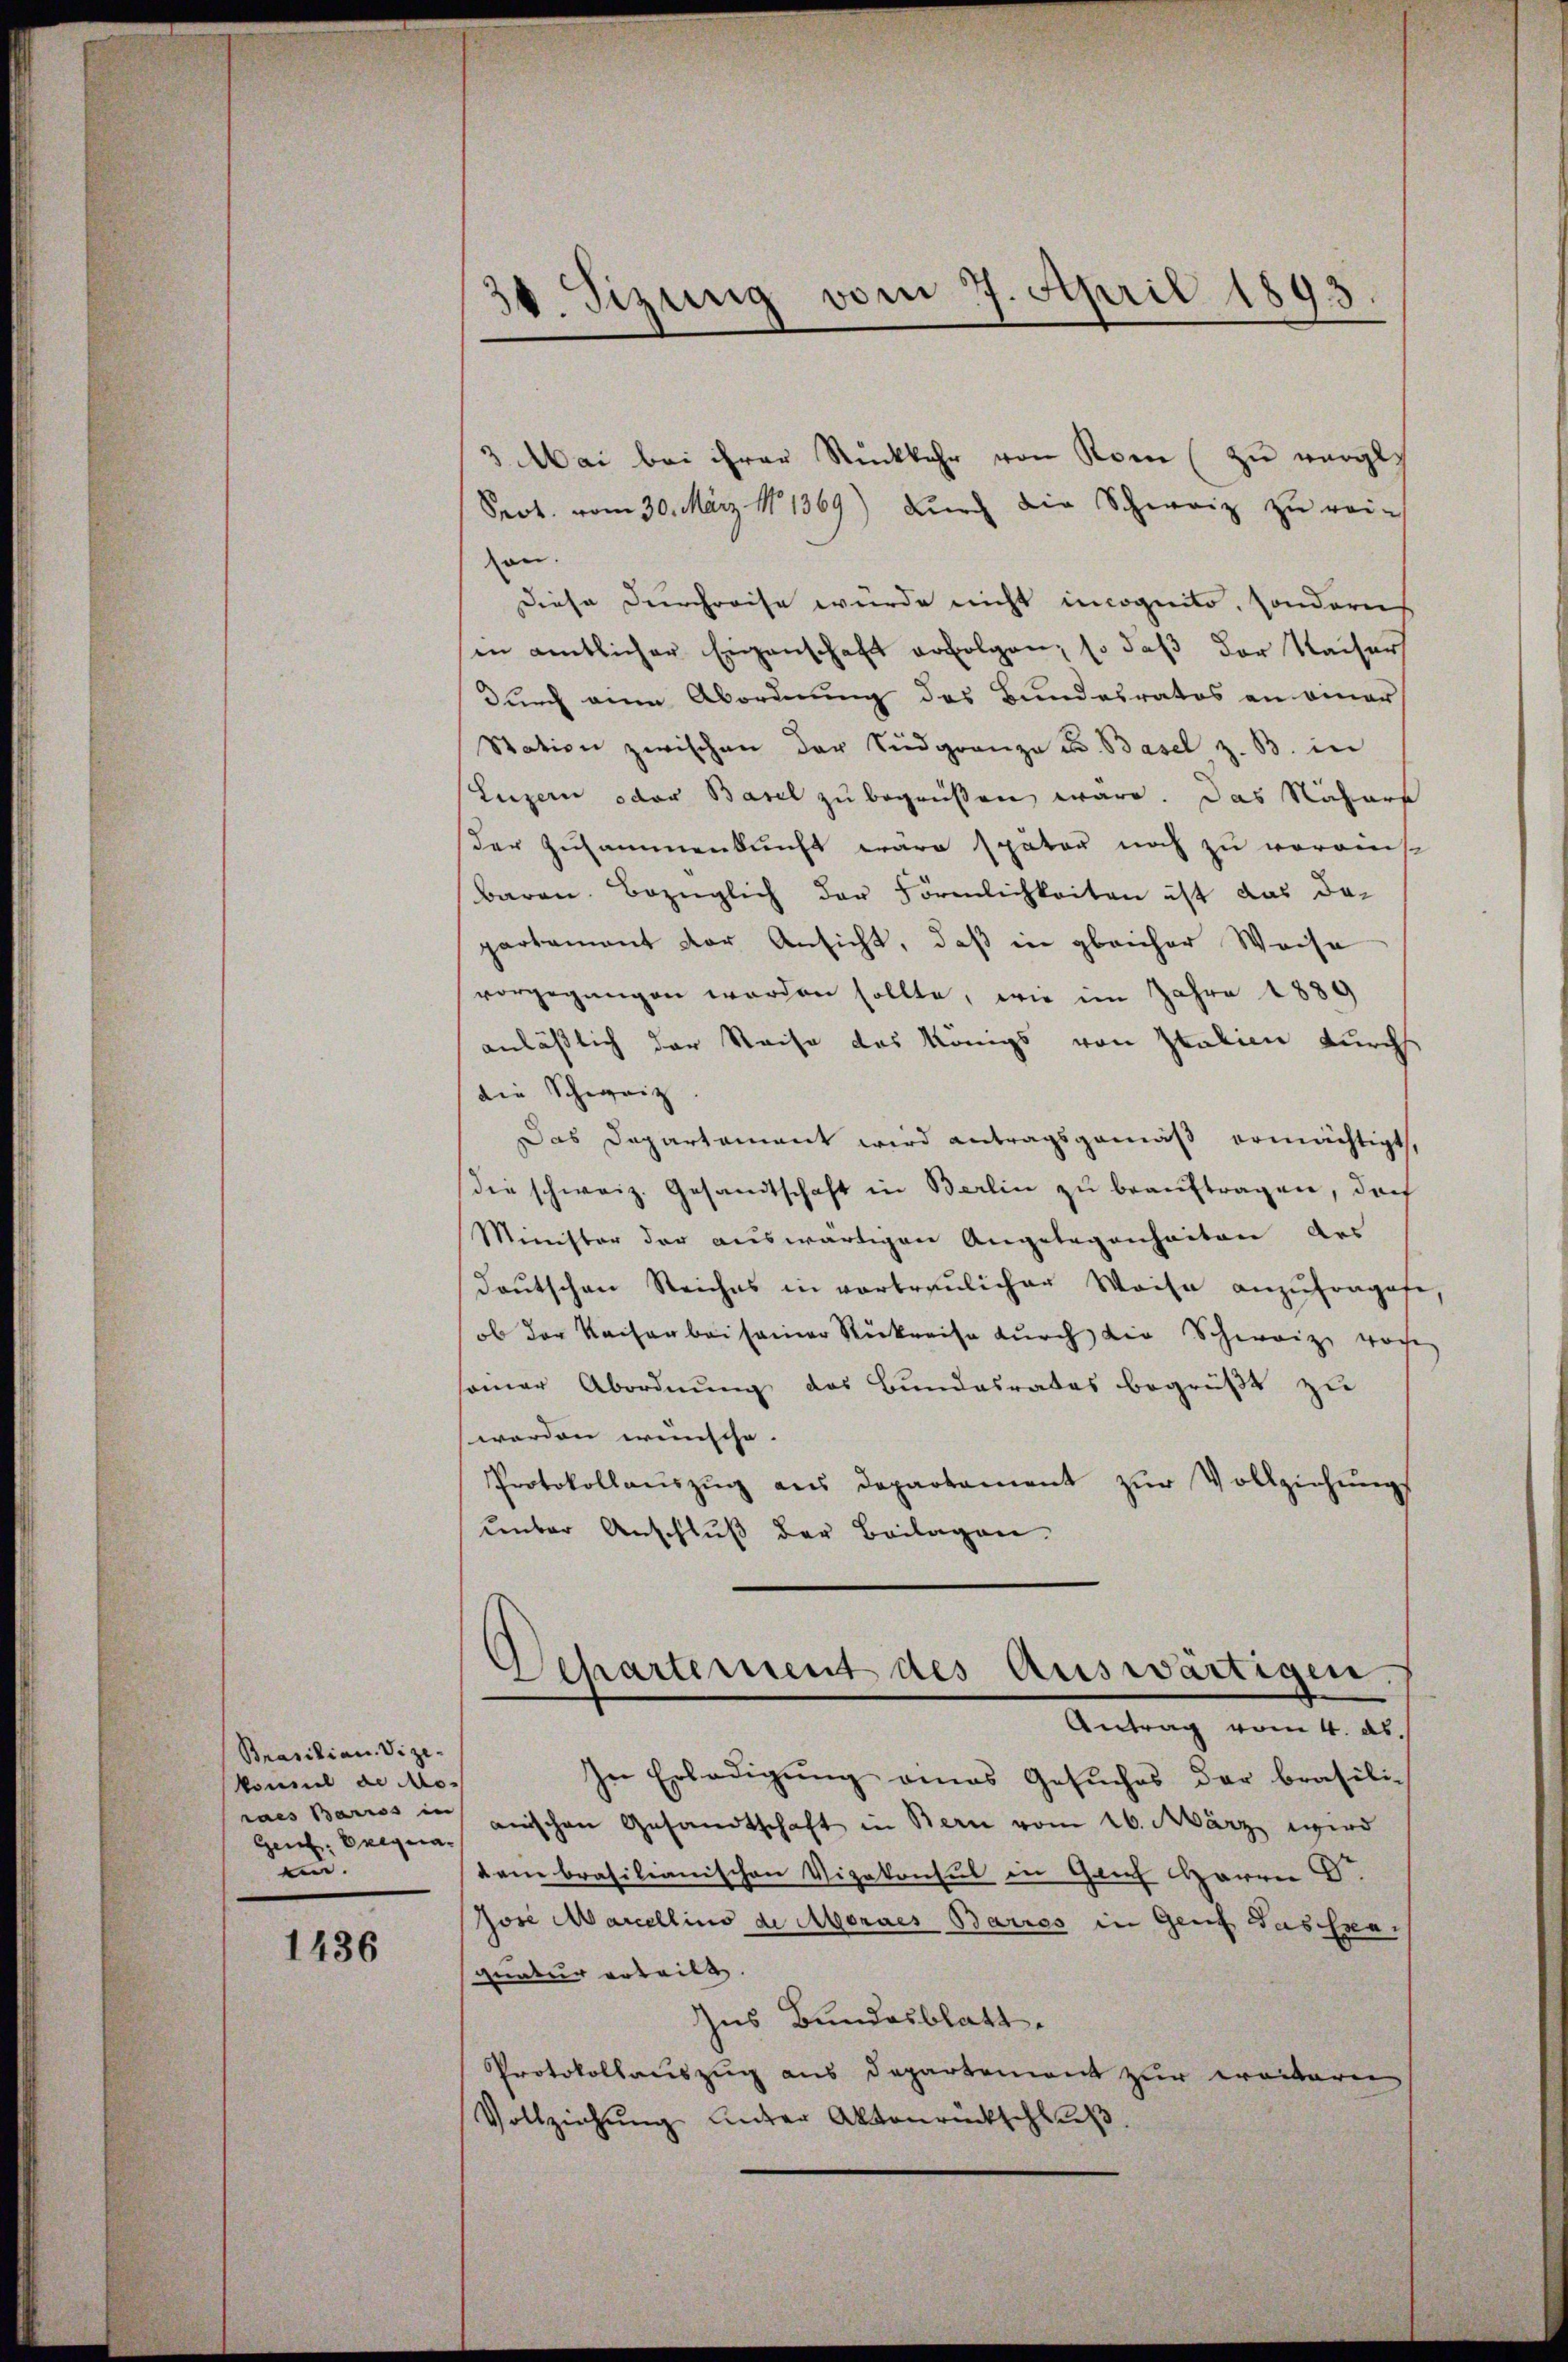
Prasilian. Vize-
Vonnel de Mores Barios in
Genf. Exequan.

1436

10. Sizung vom 7. April 1893.

3 Mai bei ihrer Rückkehr von Rom (zu würglich
Srot. vom 30. März 11369) durch die Schweiz zu rein
an.
Diese Durchreise würde nicht incognito, sonderes
in amtlicher Eigenschaft erfolgen, so daß der Kaiser
durch ein Abordnung des Bundesratos an einer
Station zwischen der Südgranza u. Basel z. B. in
Luzern oder Basel zu begrüßen wäre. Das Nähers
der Zusammenkunft wäre später noch zu verains
Baron Bezüglich der Förmlichkeiten ist das da-
partament der Ansicht, daß in gleicher Weise
vorgegangen worden sollte, wie im Jahre 1889
anläßlich der Reise des Königs von Italien durchs
die Schweiz
Das Departament wird antragsgemäß ermächtigt,
die schweiz. Gesandtschaft in Berlin zu beauftragen, doch
Minister der auswärtigen Angelegenheiten des
deutschen Reiches in vorbraŭlicher Weise anzŭfragte,
ob der Kaiser bei seiner Rückreise durch die Schweiz vorhe
somer Abordnung des Bundesrates begrüßt zu
werden wünsche. |
Protokollaŭszŭg ans Departament zŭr Vollziehŭngs
unter Anschluß der Beilagen.
Departement des Auswärtigen.
Antrag vom 4. ds.
In Erledigung eines Gesuches der brasilie
anischen Gesandtschaft in Bern vom 26. März wird
dem brasilianischen Vizekonsul in Glich Harren D.
Josi Marcellins de Mordes Barres in Genf das Exa
quatur erteilt.
Ins Bundesblatt.
Protokollauszug aus Departement zur weiteren
Vollziehŭng unter Aktenrückschluß